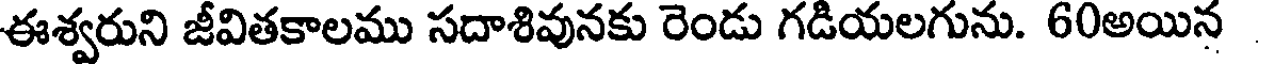
ఈశ్వరుని జీవితకాలము సదాశివునకు రెండు గడియలగును. 60అయిన